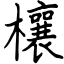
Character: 欀